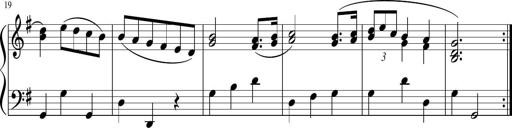
Title: 12 Keyboard Sonatinas
Composer: James Hook